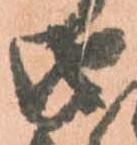
由